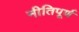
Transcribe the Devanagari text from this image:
नीतिपूर्ण